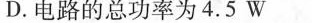
D.电路的总功率为4.5W